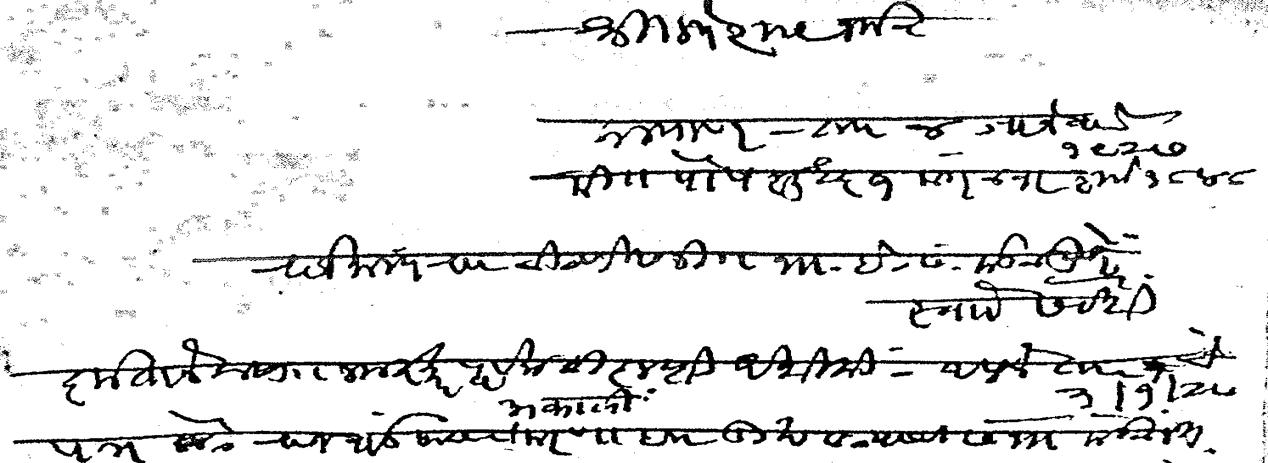
Transliteration (Devanagari): श्री गणेशाय नम कल्याण  ता ४ जानेवारी १९२७ मि पौष शुद्ध १ मंगळवार शके १८४८ राजमान्य रा चिटणीसजी भा इ सं मंडळ पुणे साो सेवेशी कृतानेक सा नमस्कारपूर्वक विज्ञप्ती अशीकी आपले ता ३ १ २७ चे पत्र कै राजवाडे यांच्या अकाली मरणाब दुखवट्याची सभा मंडळात